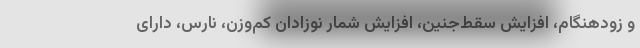
و زودهنگام، افزایش سقط‌جنین، افزایش شمار نوزادان کم‌وزن، نارس، دارای